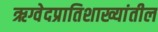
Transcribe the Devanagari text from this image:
ऋग्वेदप्रातिशाख्यांतील